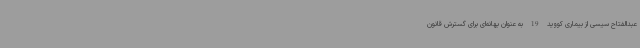
عبدالفتاح سیسی از بیماری کووید 19 به عنوان بهانه‌ای برای گسترش قانون